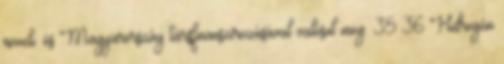
növeli. és Magyarország társfinanszírozásával valósul meg. 35 36 Hidrogén